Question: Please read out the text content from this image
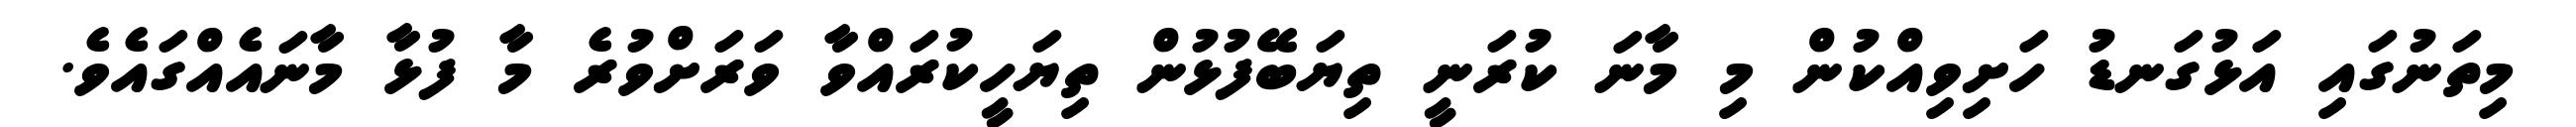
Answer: މިތަނުގައި އަޅުގަނޑު ހަށިވިއްކުން މި މާނަ ކުރަނީ ތިޔަބޭފުޅުން ތިޔަހީކުރައްވާ ވަރަށްވުރެ މާ ފުޅާ މާނައެއްގައެވެ.